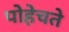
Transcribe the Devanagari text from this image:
पोहेचते